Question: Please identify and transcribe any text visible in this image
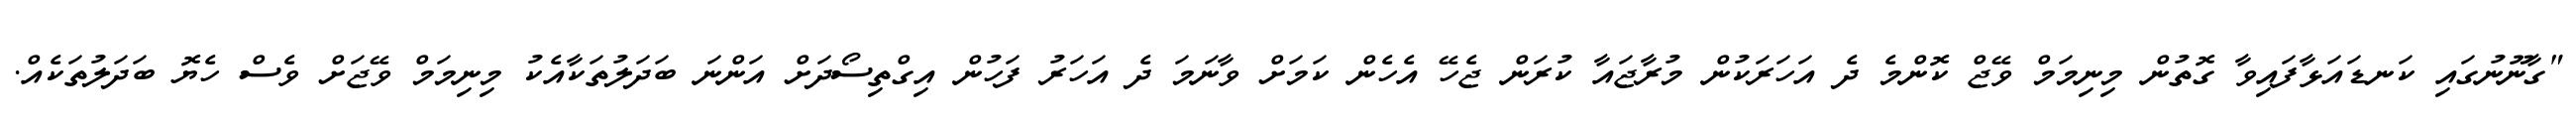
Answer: "ގާނޫނުގައި ކަނޑައަޅާފައިވާ ގޮތުން މިނިމަމް ވޭޖް ކޮންމެ ދެ އަހަރަކުން މުރާޖައާ ކުރަން ޖެހޭ އެހެން ކަމަށް ވާނަމަ ދެ އަހަރު ފަހުން އިގްތިސޯދަށް އަންނަ ބަދަލުތަކާއެކު މިނިމަމް ވޭޖަށް ވެސް ހެޔޮ ބަދަލުތަކެއް.